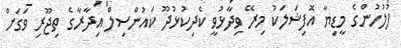
ފުލުހުންގެ މީޑިޔާ އޮފިޝަލަކު މިރޭ ވިދާޅުވީ ކެދިކުޅުދޫ ކައުންސިލް އިދާރާގެ ތިޖޫރި ވަގަށް